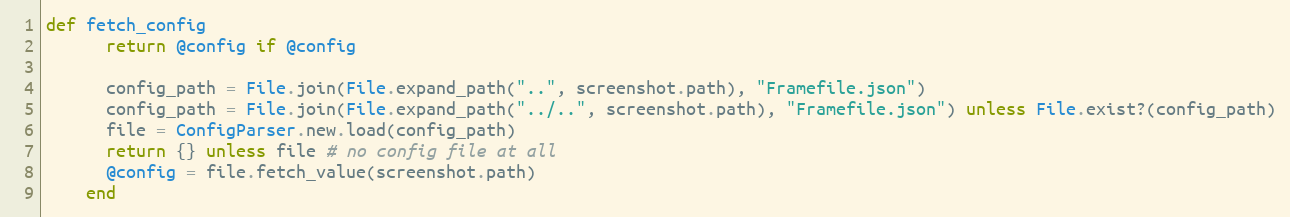
Language: Ruby
def fetch_config
      return @config if @config

      config_path = File.join(File.expand_path("..", screenshot.path), "Framefile.json")
      config_path = File.join(File.expand_path("../..", screenshot.path), "Framefile.json") unless File.exist?(config_path)
      file = ConfigParser.new.load(config_path)
      return {} unless file # no config file at all
      @config = file.fetch_value(screenshot.path)
    end